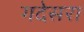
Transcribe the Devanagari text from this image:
गदेसरा